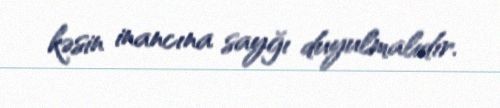
kəsin inancına sayğı duyulmalıdır.